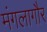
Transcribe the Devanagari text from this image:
मंगलागौर